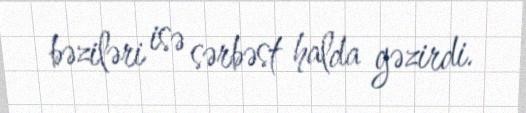
bəziləri isə sərbəst halda gəzirdi.